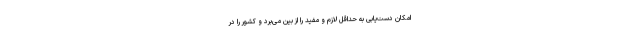
امکان دست‌یابی به حداقل لازم و مفید را از بین می‌برد و کشور را در